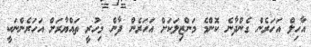
އާހިލް އަހަރެން ގެންދާނެ ކޮންމެ މަންޒިލަކަށް އަހަރެން ދާން މިހުރީ ތައްޔާރަށް އަހަރެންނަކީ